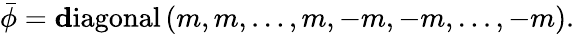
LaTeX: \bar{\phi}=\mathrm{\mathbf diagonal}\left(m,m,\ldots,m,-m,-m,\ldots,-m\right).